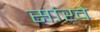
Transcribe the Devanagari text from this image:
सांखे